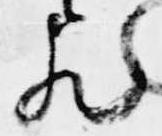
歟